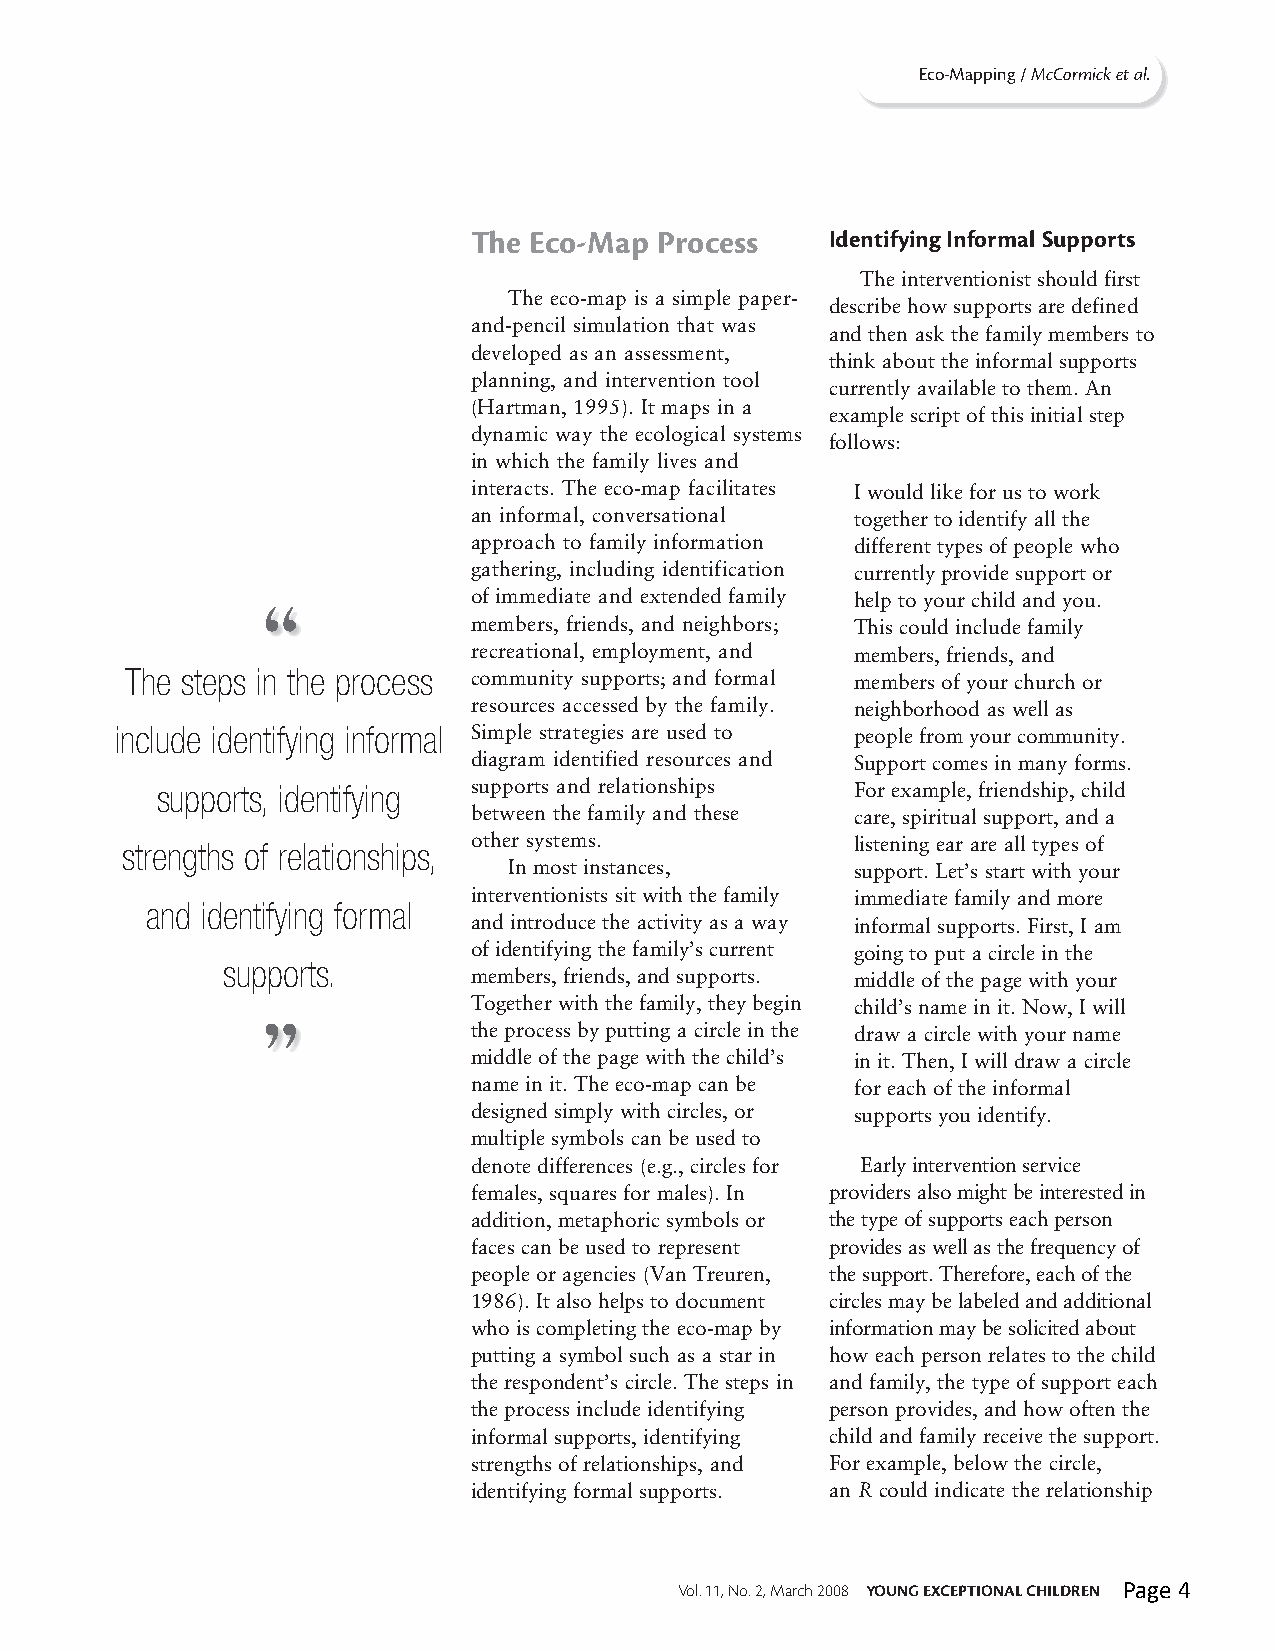
Eco-Mapping / McCormick et al.
 The Eco-Map Process     Identifying Informal Supports
 The interventionist should first
 The eco-map is a simple paper-
 describe how supports are defined
 and-pencil simulation that was
 and then ask the family members to
 developed as an assessment,
 think about the informal supports
 planning, and intervention tool
 currently available to them. An
 (Hartman, 1995). It maps in a
 example script of this initial step
 dynamic way the ecological systems
 follows:
 in which the family lives and
 interacts. The eco-map facilitates I would like for us to work
 an informal, conversational together to identify all the
 approach to family information different types of people who
 gathering, including identification currently provide support or
 “             of immediate and extended family help to your child and you.
 members, friends, and neighbors; This could include family
 recreational, employment, and members, friends, and
 The steps in the process community supports; and formal members of your church or
 resources accessed by the family. neighborhood as well as
 include identifying informal Simple strategies are used to people from your community.
 diagram identified resources and Support comes in many forms.
 supports, identifying supports and relationships For example, friendship, child
 between the family and these care, spiritual support, and a
 strengths of relationships, other systems.       listening ear are all types of
 In most instances,     support. Let’s start with your
 interventionists sit with the family immediate family and more
 and identifying formal
 and introduce the activity as a way informal supports. First, I am
 of identifying the family’s current going to put a circle in the
 supports.
 members, friends, and supports. middle of the page with your
 Together with the family, they begin child’s name in it. Now, I will
 ”
 the process by putting a circle in the draw a circle with your name
 middle of the page with the child’s in it. Then, I will draw a circle
 name in it. The eco-map can be for each of the informal
 designed simply with circles, or supports you identify.
 multiple symbols can be used to
 denote differences (e.g., circles for Early intervention service
 females, squares for males). In providers also might be interested in
 addition, metaphoric symbols or the type of supports each person
 faces can be used to represent provides as well as the frequency of
 people or agencies (Van Treuren, the support. Therefore, each of the
 1986). It also helps to document circles may be labeled and additional
 who is completing the eco-map by information may be solicited about
 putting a symbol such as a star in how each person relates to the child
 the respondent’s circle. The steps in and family, the type of support each
 the process include identifying person provides, and how often the
 informal supports, identifying child and family receive the support.
 strengths of relationships, and For example, below the circle,
 identifying formal supports. an R could indicate the relationship
 Vol. 11, No. 2, March 2008 YOUNG EXCEPTIONAL CHILDREN Page 4